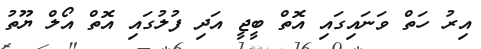
އިރު ހަތް ވަނައިގައި އޮތް ބީޖީ އަދި ފުލުގައި އޮތް އޯލް ޔޫތު